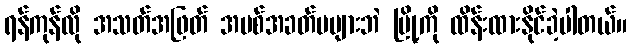
ရန်ကုန်လို အသတ်အဖြတ် အပစ်အခတ်မများဘဲ မြို့ကို ထိန်းထားနိုင်ခဲ့ပါတယ်။